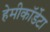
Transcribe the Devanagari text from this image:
हेमीकॉर्डेटा